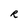
Character: R